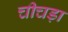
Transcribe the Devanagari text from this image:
चीचड़ा